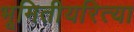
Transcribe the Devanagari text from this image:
भूमितीयरित्या